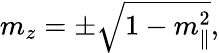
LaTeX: m_{z}=\pm\sqrt{1-m_{\parallel}^{2}},